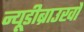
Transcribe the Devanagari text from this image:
न्यूडीब्राउखों